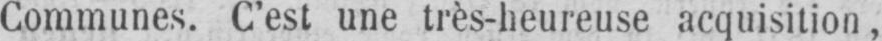
Communes. C’est une très-heureuse acquisition,